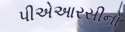
પીએઆરસીનો